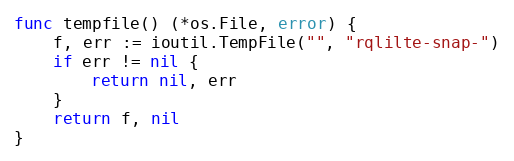
Language: Go
func tempfile() (*os.File, error) {
	f, err := ioutil.TempFile("", "rqlilte-snap-")
	if err != nil {
		return nil, err
	}
	return f, nil
}